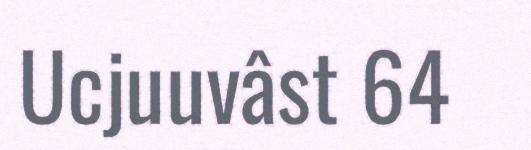
Ucjuuvâst 64